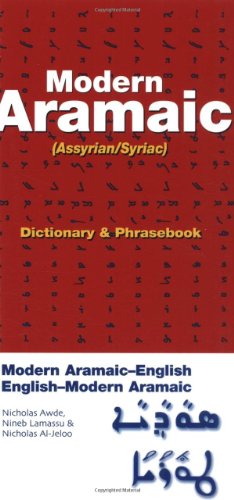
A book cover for Modern Aramaic-English/English-Modern Aramaic Dictionary & Phrasebook: Assyrian/Syriac; Nicholas Awde; Reference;